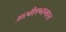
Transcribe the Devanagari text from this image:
आरबीएएनएमएस